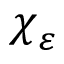
\boldsymbol { \chi } _ { \varepsilon }